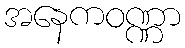
အနေကဝဏ္ဏာ